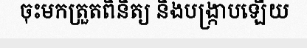
ចុះមកត្រួតពិនិត្យ និងបង្ក្រាបឡើយ